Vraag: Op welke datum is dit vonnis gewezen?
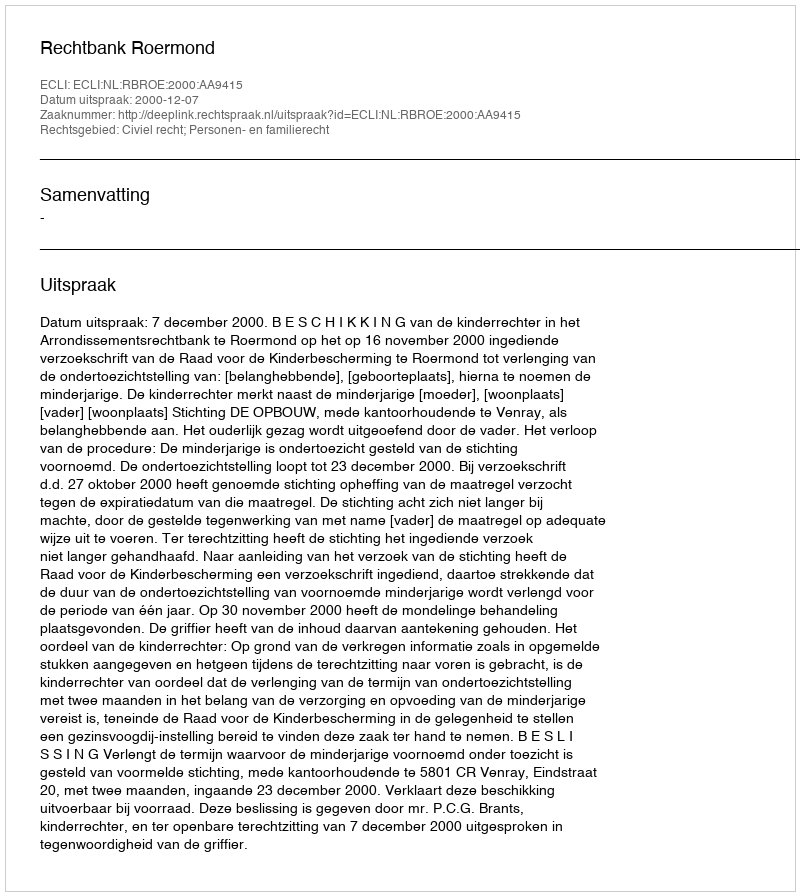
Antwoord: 2000-12-07